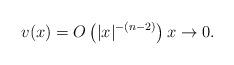
LaTeX: \begin{align*} v(x)=O\left(|x|^{-(n-2)} \right) x\to0. \end{align*}